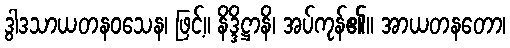
ဒွါဒသာယတနဝသေန၊ ဖြင့်။ နိဒ္ဒိဋ္ဌာနိ၊ အပ်ကုန်၏။ အာယတနတော၊